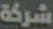
شركة